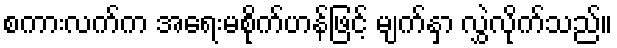
စကားလက်က အရေးမစိုက်ဟန်ဖြင့် မျက်နှာ လွှဲလိုက်သည်။